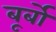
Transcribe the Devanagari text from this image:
बूर्बों